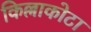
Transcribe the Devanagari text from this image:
किल्लाकोटा